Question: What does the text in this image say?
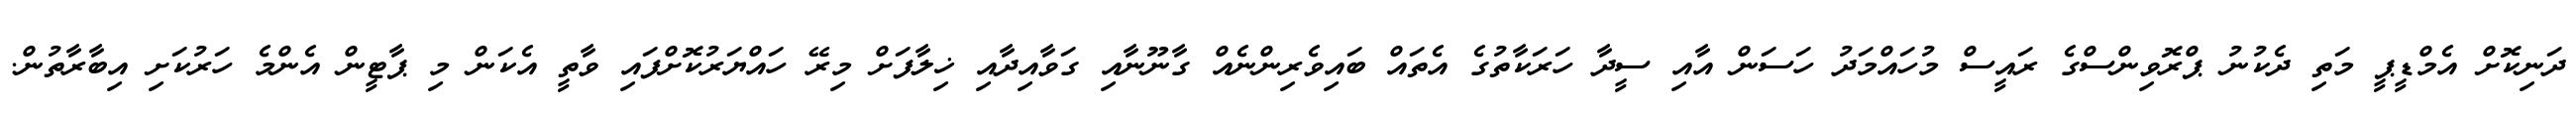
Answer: ދަނިކޮށް އެމްޑީޕީ މަތި ދެކުނު ޕްރޮވިންސްގެ ރައީސް މުހައްމަދު ހަސަން އާއި ސީދާ ހަރަކާތުގެ އެތައް ބައިވެރިންނެއް ގާނޫނާއި ގަވާއިދާއި ޚިލާފަށް މިރޭ ހައްޔަރުކޮށްފައި ވާތީ އެކަން މި ޕާޓީން އެންމެ ހަރުކަށި އިބާރާތުން.